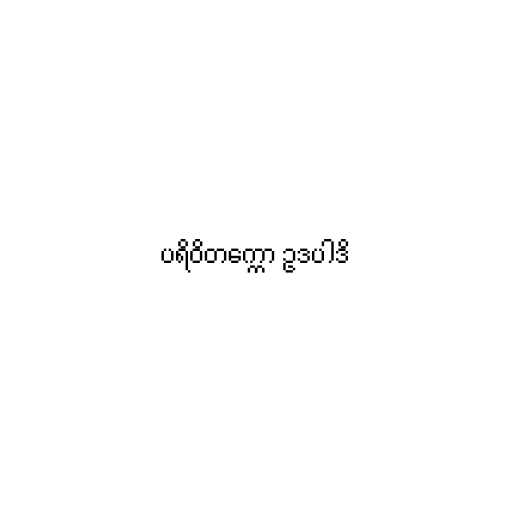
ပရိဝိတက္ကော ဥဒပါဒိ